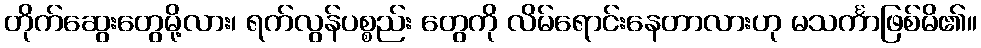
တိုက်ဆွေးတွေမို့လား၊ ရက်လွန်ပစ္စည်း တွေကို လိမ်ရောင်းနေတာလားဟု မသင်္ကာဖြစ်မိ၏။